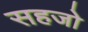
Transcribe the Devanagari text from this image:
सहजो